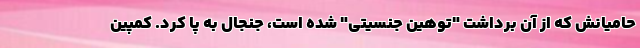
حامیانش که از آن برداشت "توهین جنسیتی" شده است، جنجال به پا کرد. کمپین